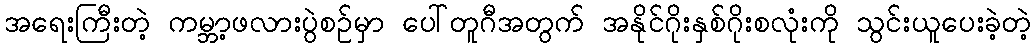
အရေးကြီးတဲ့ ကမ္ဘာ့ဖလားပွဲစဉ်မှာ ပေါ်တူဂီအတွက် အနိုင်ဂိုးနှစ်ဂိုးစလုံးကို သွင်းယူပေးခဲ့တဲ့